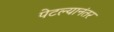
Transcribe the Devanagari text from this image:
पेटल्यानंतर